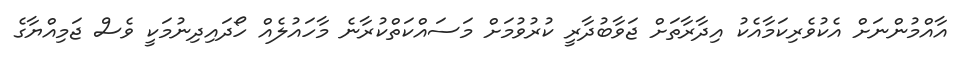
އާއްމުންނަށް އެކުވެރިކަމާއެކު އިދާރާތަށް ޖަވާބުދާރީ ކުރުވުމަށް މަސައްކަތްކުރާނެ މާހައުލެއް ހޯދައިދިނުމަކީ ވެސް ޖަމިއްޔާގެ